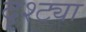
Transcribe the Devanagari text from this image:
दृश्ट्या